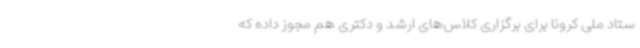
ستاد ملی کرونا برای برگزاری کلاس‌های ارشد و دکتری هم مجوز داده که